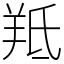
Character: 羝